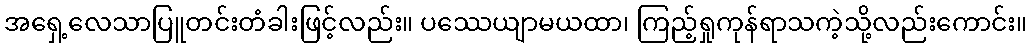
အရှေ့လေသာပြူတင်းတံခါးဖြင့်လည်း။ ပဿေယျာမယထာ၊ ကြည့်ရှုကုန်ရာသကဲ့သို့လည်းကောင်း။